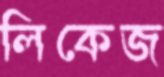
লিকেজ